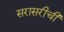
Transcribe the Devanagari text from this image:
सरासरीची